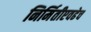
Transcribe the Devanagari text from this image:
निर्मितीएवढेच